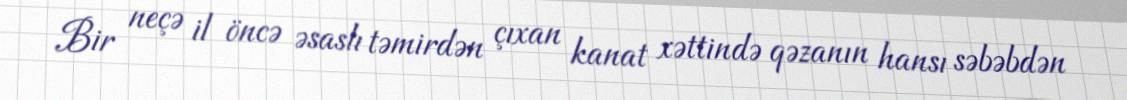
Bir neçə il öncə əsaslı təmirdən çıxan kanat xəttində qəzanın hansı səbəbdən